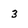
Character: 3